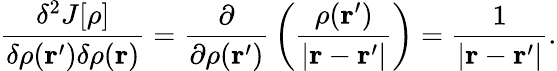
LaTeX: {\frac{\delta^{2}J[\rho]}{\delta\rho(\mathbf{r}^{\prime})\delta\rho(\mathbf{r})}}={\frac{\partial}{\partial\rho(\mathbf{r}^{\prime})}}\left({\frac{\rho(\mathbf{r}^{\prime})}{|\mathbf{r}-\mathbf{r}^{\prime}|}}\right)={\frac{1}{|\mathbf{r}-\mathbf{r}^{\prime}|}}.